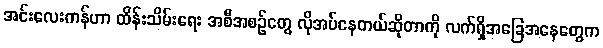
အင်းလေးကန်ဟာ ထိန်းသိမ်းရေး အစီအစဉ်တွေ လိုအပ်နေတယ်ဆိုတာကို လက်ရှိအခြေအနေတွေက